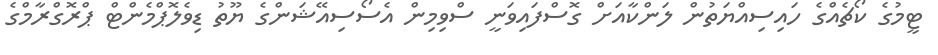
ޓީމުގެ ކޯޗެއްގެ ހައިސިއްޔަތުން ލަންކާއަށް ގޮސްފައިވަނީ ސްވިމިން އެސޯސިއޭޝަންގެ ޔޫތު ޑިވެލޮޕްމެންޓް ޕްރޮގްރާމްގެ